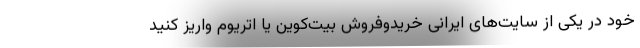
خود در یکی از سایت‌های ایرانی خریدوفروش بیت‌کوین یا اتریوم واریز کنید